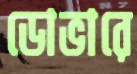
ডোভারে